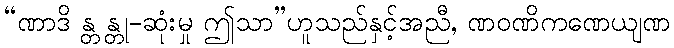
“ဏာဒိ န္တ န္တု-ဆုံးမှု ဤသာ”ဟူသည်နှင့်အညီ, ဏဝဏိကဏေယျဏ